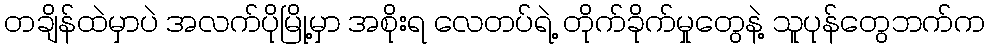
တချိန်ထဲမှာပဲ အလက်ပိုမြို့မှာ အစိုးရ လေတပ်ရဲ့ တိုက်ခိုက်မှုတွေနဲ့ သူပုန်တွေဘက်က